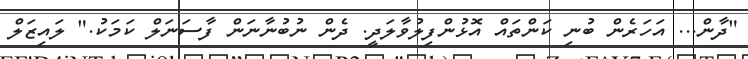
"ދާން... އަހަރެން ބުނި ކަންތައް އޮޅުންފިލުވާލަދީ. ދެން ނުބުނާނަން ފާސަނަލް ކަމަކު." ލައިޒަލް